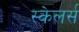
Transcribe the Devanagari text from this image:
स्केलर्स